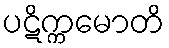
ပဋိက္ကမောတိ